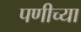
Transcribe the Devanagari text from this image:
पणीच्या